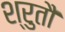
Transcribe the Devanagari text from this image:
श्रुतौ